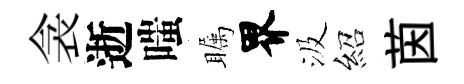
衾逝嗤瞩界汲紹茵